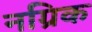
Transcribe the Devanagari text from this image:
नग्रिक